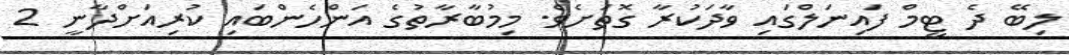
ލިބޭ ދެ ޓީމް ފައިނަލްގައި ވާދަކުރާ ގޮތަށެވެ. މިމުބާރާތުގެ އަންހެންބައި ކުރިއަށްދާނީ 2